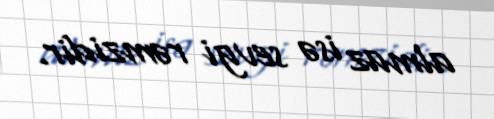
almaz isə sevgi rəmzidir.